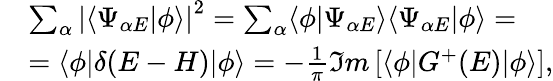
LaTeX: \begin{array}{rl}&{\sum_{\alpha}\left|\langle\Psi_{\alpha E}|\phi\rangle\right|^{2}=\sum_{\alpha}\langle\phi|\Psi_{\alpha E}\rangle\langle\Psi_{\alpha E}|\phi\rangle=}\\ &{=\langle\phi|\delta(E-H)|\phi\rangle=-\frac{1}{\pi}\Im m\left[\langle\phi|G^{+}(E)|\phi\rangle\right],}\end{array}